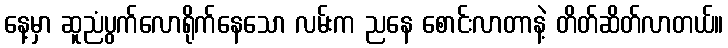
နေ့မှာ ဆူညံပွက်လောရိုက်နေသော လမ်းက ညနေ စောင်းလာတာနဲ့ တိတ်ဆိတ်လာတယ်။